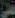
علي